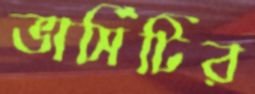
ভার্সিটির